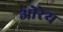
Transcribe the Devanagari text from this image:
ओरेय